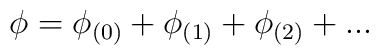
\phi=\phi_{(0)}+\phi_{(1)}+\phi_{(2)}+...